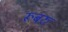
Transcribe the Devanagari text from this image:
रूबरु